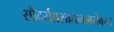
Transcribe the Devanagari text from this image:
सौंदर्यप्रसाधनाबरोबरच